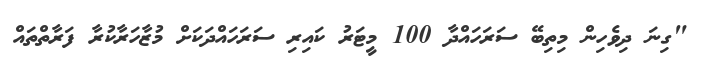
"ގިނަ ދިވެހިން މިތިބޭ ސަރަހައްދާ 100 މީޓަރު ކައިރި ސަރަހައްދަކަށް މުޒާހަރާކުރާ ފަރާތްތައް